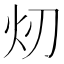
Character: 𪸐